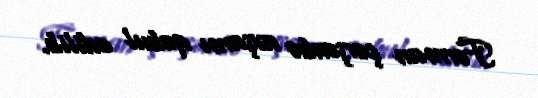
Fərman çərşənbə axşamı qəbul edilib.